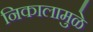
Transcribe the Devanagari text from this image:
निकालामुळे